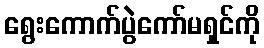
ရွေးကောက်ပွဲကော်မရှင်ကို